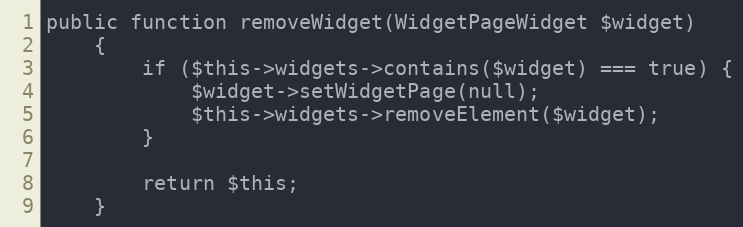
Language: PHP
public function removeWidget(WidgetPageWidget $widget)
    {
        if ($this->widgets->contains($widget) === true) {
            $widget->setWidgetPage(null);
            $this->widgets->removeElement($widget);
        }

        return $this;
    }